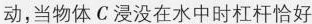
动，当物体C浸没在水中时杠杆恰好